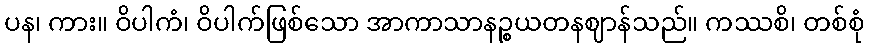
ပန၊ ကား။ ဝိပါကံ၊ ဝိပါက်ဖြစ်သော အာကာသာနဉ္စယတနဈာန်သည်။ ကဿစိ၊ တစ်စုံ